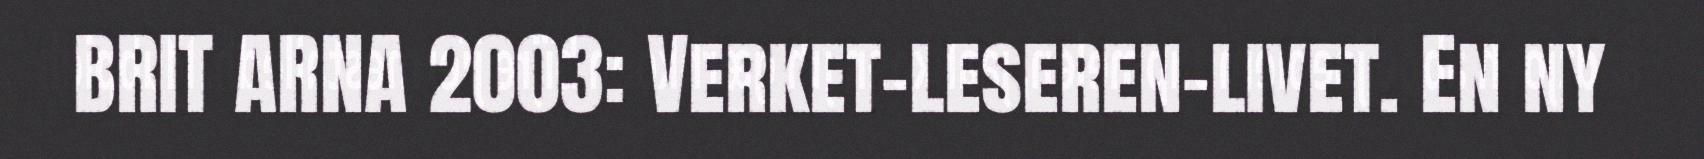
BRIT ARNA 2003: Verket-leseren-livet. En ny